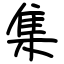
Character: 集